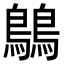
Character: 𪅝